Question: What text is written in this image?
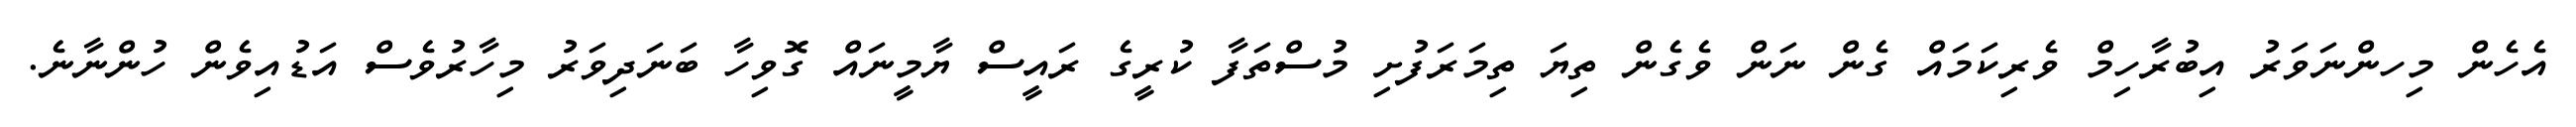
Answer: އެހެން މިހންނަވަރު އިބުރާހިމް ވެރިކަމައް ގެން ނަން ވެގެން ތިޔަ ތިމަރަފުށި މުސްތަފާ ކުރީގެ ރައީސް ޔާމީނައް ގޮވިހާ ބަނަދިވަރު މިހާރުވެސް އަޑުއިވެން ހުންނާނެ.